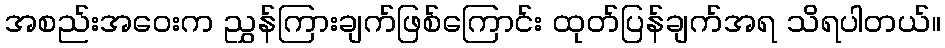
အစည်းအဝေးက ညွှန်ကြားချက်ဖြစ်ကြောင်း ထုတ်ပြန်ချက်အရ သိရပါတယ်။